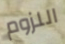
اللزوم